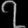
Digit: ၇